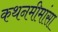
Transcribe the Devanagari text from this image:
कथनमीमांसा